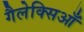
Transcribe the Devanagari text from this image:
गैलेक्सिआँ